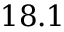
1 8 . 1